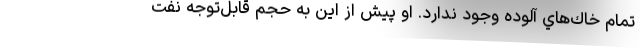
تمام خاك‌هاي آلوده وجود ندارد. او پيش از اين به حجم قابل‌توجه نفت